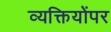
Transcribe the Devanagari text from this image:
व्यक्तियोंपर